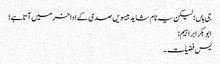
جی ہاں؛ لیکن یہ نام شاید بیسویں صدی کے اواخر میں آتا ہے؛
ابوبکر ابراہیم:
یس فضیلت۔